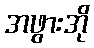
အဖွားအို